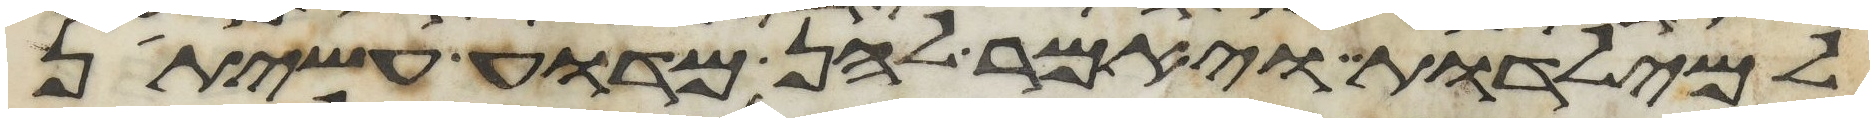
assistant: למילדות ויאמר להן מדוע עשיתן